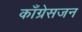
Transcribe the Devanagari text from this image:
काँग्रेसजन